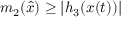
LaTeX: m _ { 2 } ( { \hat { x } } ) \geq | h _ { 3 } ( x ( t ) ) |